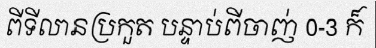
ពីទីលានប្រកួត បន្ទាប់ពីចាញ់ 0-3 ក៏